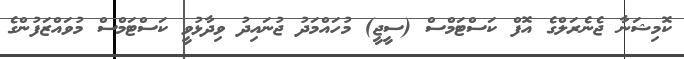
ކޮމިޝަނާ ޖެނެރަލްގެ އޮފް ކަސްޓަމްސް (ސީޖީ) މުހައްމަދު ޖުނައިދު ވިދާޅުވީ ކަސްޓަމްސް މުވައްޒަފުންގެ